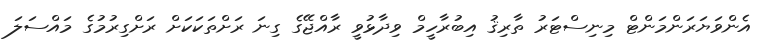
އެންވަޔަރަންމަންޓް މިނިސްޓަރު ތާރިޤު އިބުރާހީމް ވިދާޅުވީ ރާއްޖޭގެ ގިނަ ރަށްތަކަކަށް ރަށްގިރުމުގެ މައްސަލަ